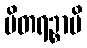
ပိတရဉ္စာပိ